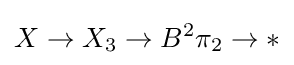
X\to X_{3}\to B^{2}\pi _{2}\to *